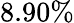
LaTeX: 8.90\%